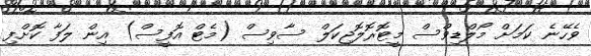
ވެހޭނެ ކަމަށް މޯލްޑިވްސް މީޓޮރޮލޮޖިކަލް ސާވިސް (މެޓް އޮފީސް) އިން ލަފާ ކޮށްފި